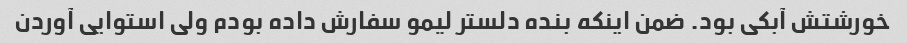
خورشتش آبکی بود. ضمن اینکه بنده دلستر لیمو سفارش داده بودم ولی استوایی آوردن